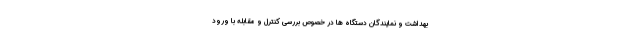
بهداشت و نمایندگان دستگاه ها در خصوص بررسی کنترل و مقابله با ورود